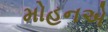
મોહનએ